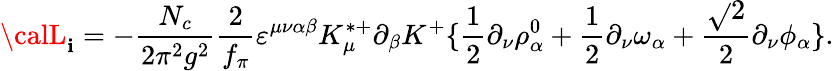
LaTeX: {\calL}_{\mathbf{i}}=-\frac{{N_{c}}}{{2\pi^{2}g^{2}}}{\frac{{2}}{{f_{\pi}}}}\varepsilon^{\mu\nu\alpha\beta}K_{\mu}^{*+}\partial_{\beta}K^{+}\{ {\frac{{1}}{{2}}}\partial_{\nu}\rho_{\alpha}^{0}+{\frac{{1}}{{2}}}\partial_{\nu}\omega_{\alpha}+{\frac{{\sqrt{}{{2}}}}{{2}}}\partial_{\nu}\phi_{\alpha}\} .